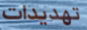
تهديدات